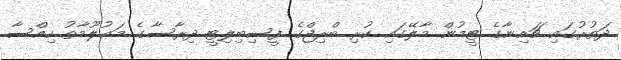
ދަތުރުގައި ޗައިނާގެ ޓީމުން މާލޭގައި ކުރި ބްރިޖްގެ ފީސިބިލިޓީ ދިރާސާގެ މަޢުލޫމާތު ހިއްސާ